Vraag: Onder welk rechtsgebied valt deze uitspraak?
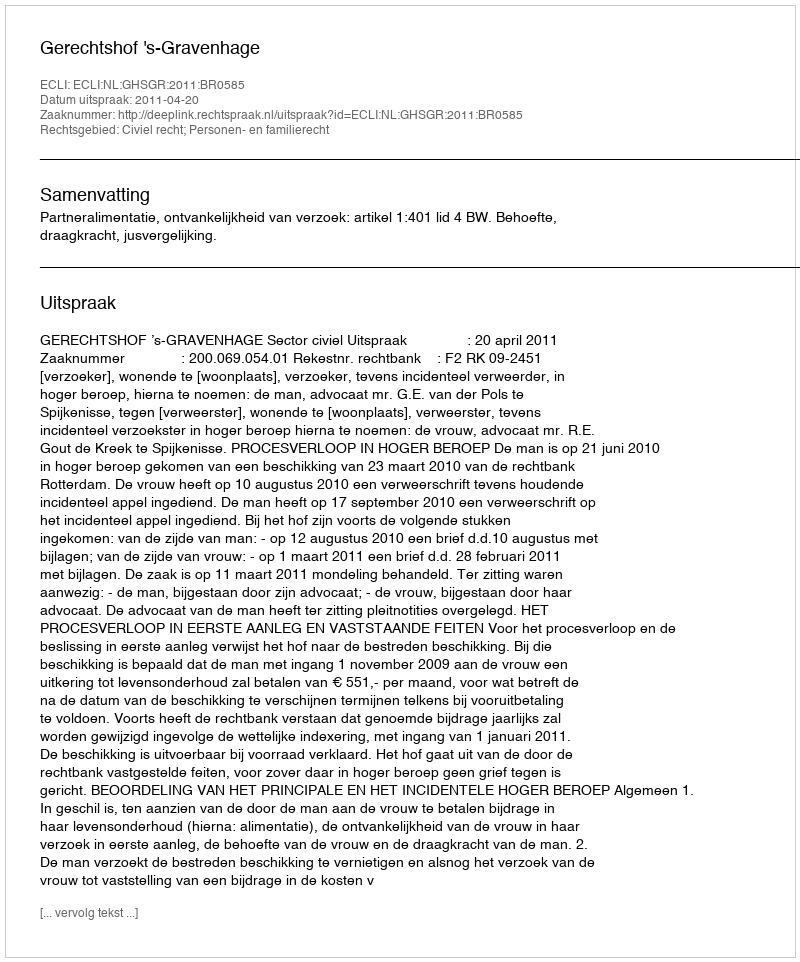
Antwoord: Civiel recht; Personen- en familierecht